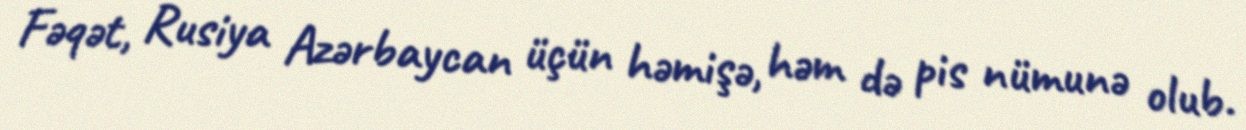
Fəqət, Rusiya Azərbaycan üçün həmişə, həm də pis nümunə olub.